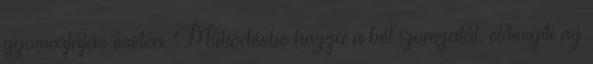
gyomorfájás esetén. Működésbe hozza a bél izomzatát, elősegíti az